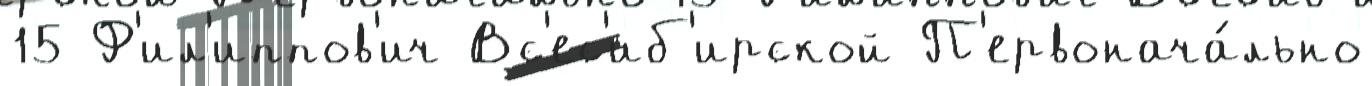
15 Ф'ил'иппов'ич Вс'ес'иб'ирской П'ервонача́льно